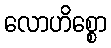
လောဟိစ္စော